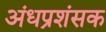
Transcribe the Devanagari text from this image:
अंधप्रशंसक